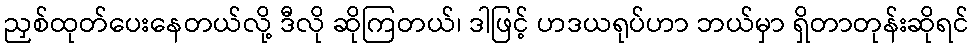
ညှစ်ထုတ်ပေးနေတယ်လို့ ဒီလို ဆိုကြတယ်၊ ဒါဖြင့် ဟဒယရုပ်ဟာ ဘယ်မှာ ရှိတာတုန်းဆိုရင်